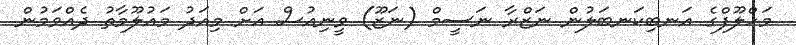
މަހްލޫފްގެ އަނބިކަނބަލުން ނަޒްރާ ނަސީމް (ނަޒޫ) ވީނިއުސް އަށް މިއަދު މައުލޫމާތު ދެއްވަމުން